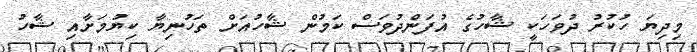
މިދިޔަ ހުކުރު ދުވަހަކީ ޝާހުގެ އުފަންދުވަސް ކަމުން ޝާހުއަށް ތަހުނިޔާ ކިޔުމަށާއި ޝާހު